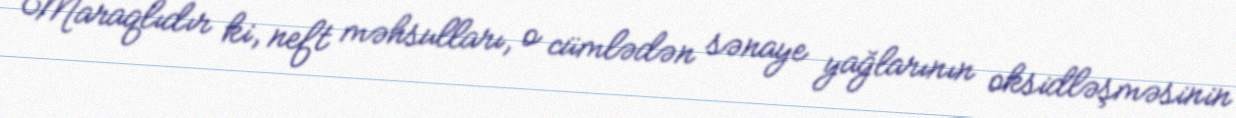
Maraqlıdır ki, neft məhsulları, o cümlədən sənaye yağlarının oksidləşməsinin